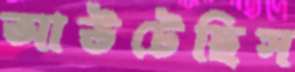
আউটেছিস